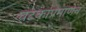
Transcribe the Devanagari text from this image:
घटकांप्रमाणेच